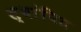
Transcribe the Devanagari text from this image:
स्थांपित